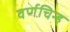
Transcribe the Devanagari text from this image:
वर्णचिन्ह